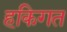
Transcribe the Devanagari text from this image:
हकिगत